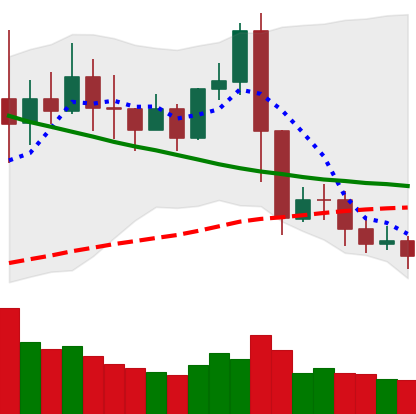
Ticker: XRP-USD
Chart end date: 2019-11-14
Forward return: -5.137%
Label: down_5_7